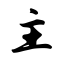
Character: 主